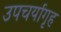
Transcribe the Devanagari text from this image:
उपचर्यागृह